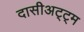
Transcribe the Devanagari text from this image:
दासीअट्ट्म